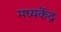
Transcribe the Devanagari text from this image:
मध्यकेंद्र